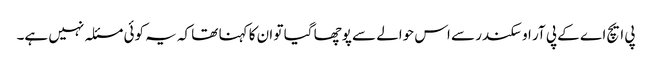
پی ایچ اے کے پی آر او سکندر سے اس حوالے سے پوچھا گیا تو ان کا کہنا تھا کہ یہ کوئی مسئلہ نہیں ہے۔